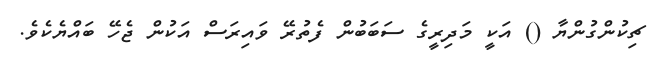
ޗިކުންގުންޔާ () އަކީ މަދިރީގެ ސަބަބުން ފެތުރޭ ވައިރަސް އަކުން ޖެހޭ ބައްޔެކެވެ.